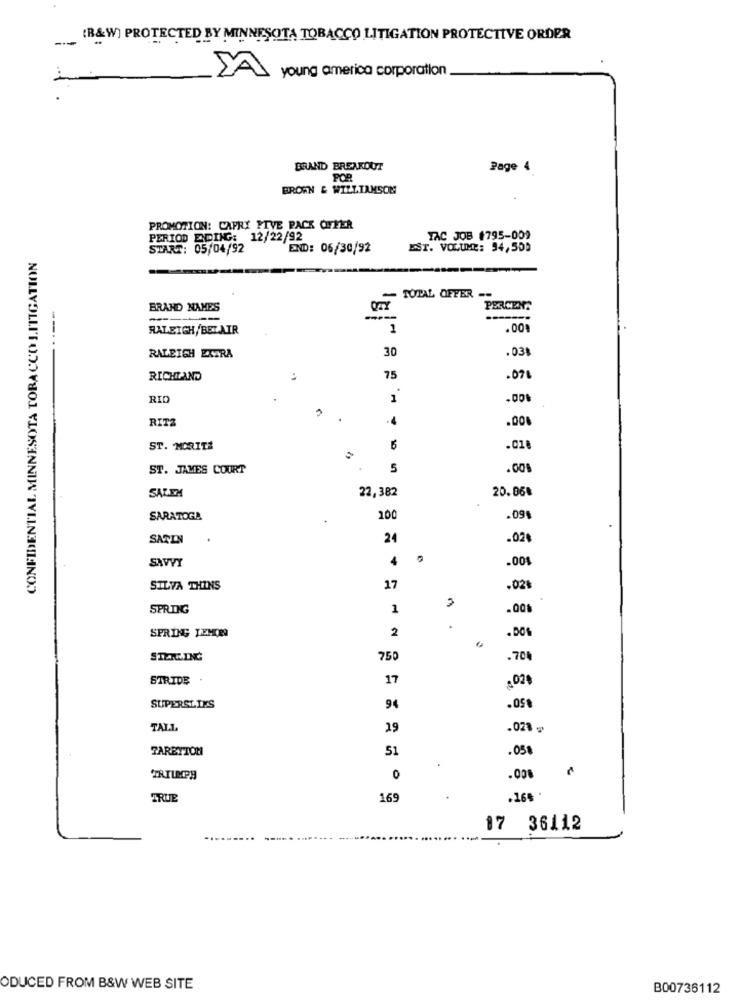
... (B&W) PROTECTED BY MINNESOTA TOBACCO LITIGATION PROTECTIVE ORDER
young america corporation
BRAND BREAKOUT
Page 4
POR
BROWN & WILLIAMSOM
PROMOTION: CAPRI FIVE PACK OFFER
PERIOD EDING: 12/22/92
TAC JOB 1795-009
START: 05/04/92
END: 06/30/92
EST. VOLUME: 54,500
CONFIDENTIAL MINNESOTA TOBACCO LITIGATION
TOTAL OFFER --
BRAND NAMES
-------
RALEIGH, BET AIR
1
.00%
30
.03%
RALEIGH EXTRA
RICHLAND
75
.076
RID
1
RITZ
.4
.00%
ST. MORITZ
6
.0Ze
ST. JAMES COURT
5
.00%
SALEM
22,382
20.06%
SARATOGA
100
.09
SATIN
24
.02€
SAVVY
4
.001
SILVA THINS
17
.021
SPRING
1
.00%
2
SPRING YEMÇER
.DOS
STERLING
750
.700
STRIDE
17
SUPERSLIES
94
.05
TAL.L.
29
.021 -
FARBTTOM
51
.031
TRIUMPH
0
.038
TRUE
169
.
.166
17 36112
ODUCED FROM B&W WEB SITE
B00736112